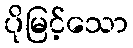
ပိုမြင့်သော